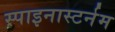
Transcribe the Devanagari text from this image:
स्पाइनास्टर्नम